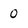
Character: 0